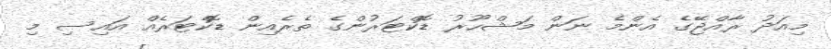
މިއަދު ރާއްޖޭގެ އެންމެ ނަން މަޝްހޫރު ޑޮކްޓަރުންގެ ތެރެއިން ޑޮކްޓަރެއް އައިސި މި